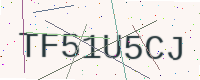
Text: TF51U5CJ